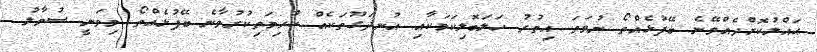
ޙައްލުކޮށްދެއްވޭނެ ބޭފުޅެއްތޯ ނުވަތަ އިތުރު ހަލަބޮލިކަމަކާއި އުނދަގޫތަކެއް ކުރިމަތިކުރުވާނެ ބޭފުޅެއްތޯ މިވަނީ ސުވާލު